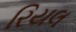
રિયલ